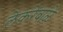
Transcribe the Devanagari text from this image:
लेकरेबाळे